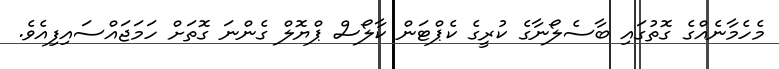
މެހެމާނެއްގެ ގޮތުގައި ބާސެލޯނާގެ ކުރީގެ ކެޕްޓަން ކާލޯސް ޕްޔޮލް ގެންނަ ގޮތަށް ހަމަޖައްސައިފިއެވެ.